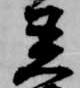
着